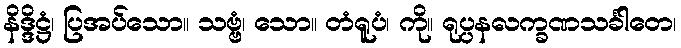
နိဒ္ဒိဋ္ဌံ၊ ပြအပ်သော။ သဗ္ဗံ၊ သော။ တံရူပံ၊ ကို။ ရုပ္ပနလက္ခဏသင်္ခါတေ၊